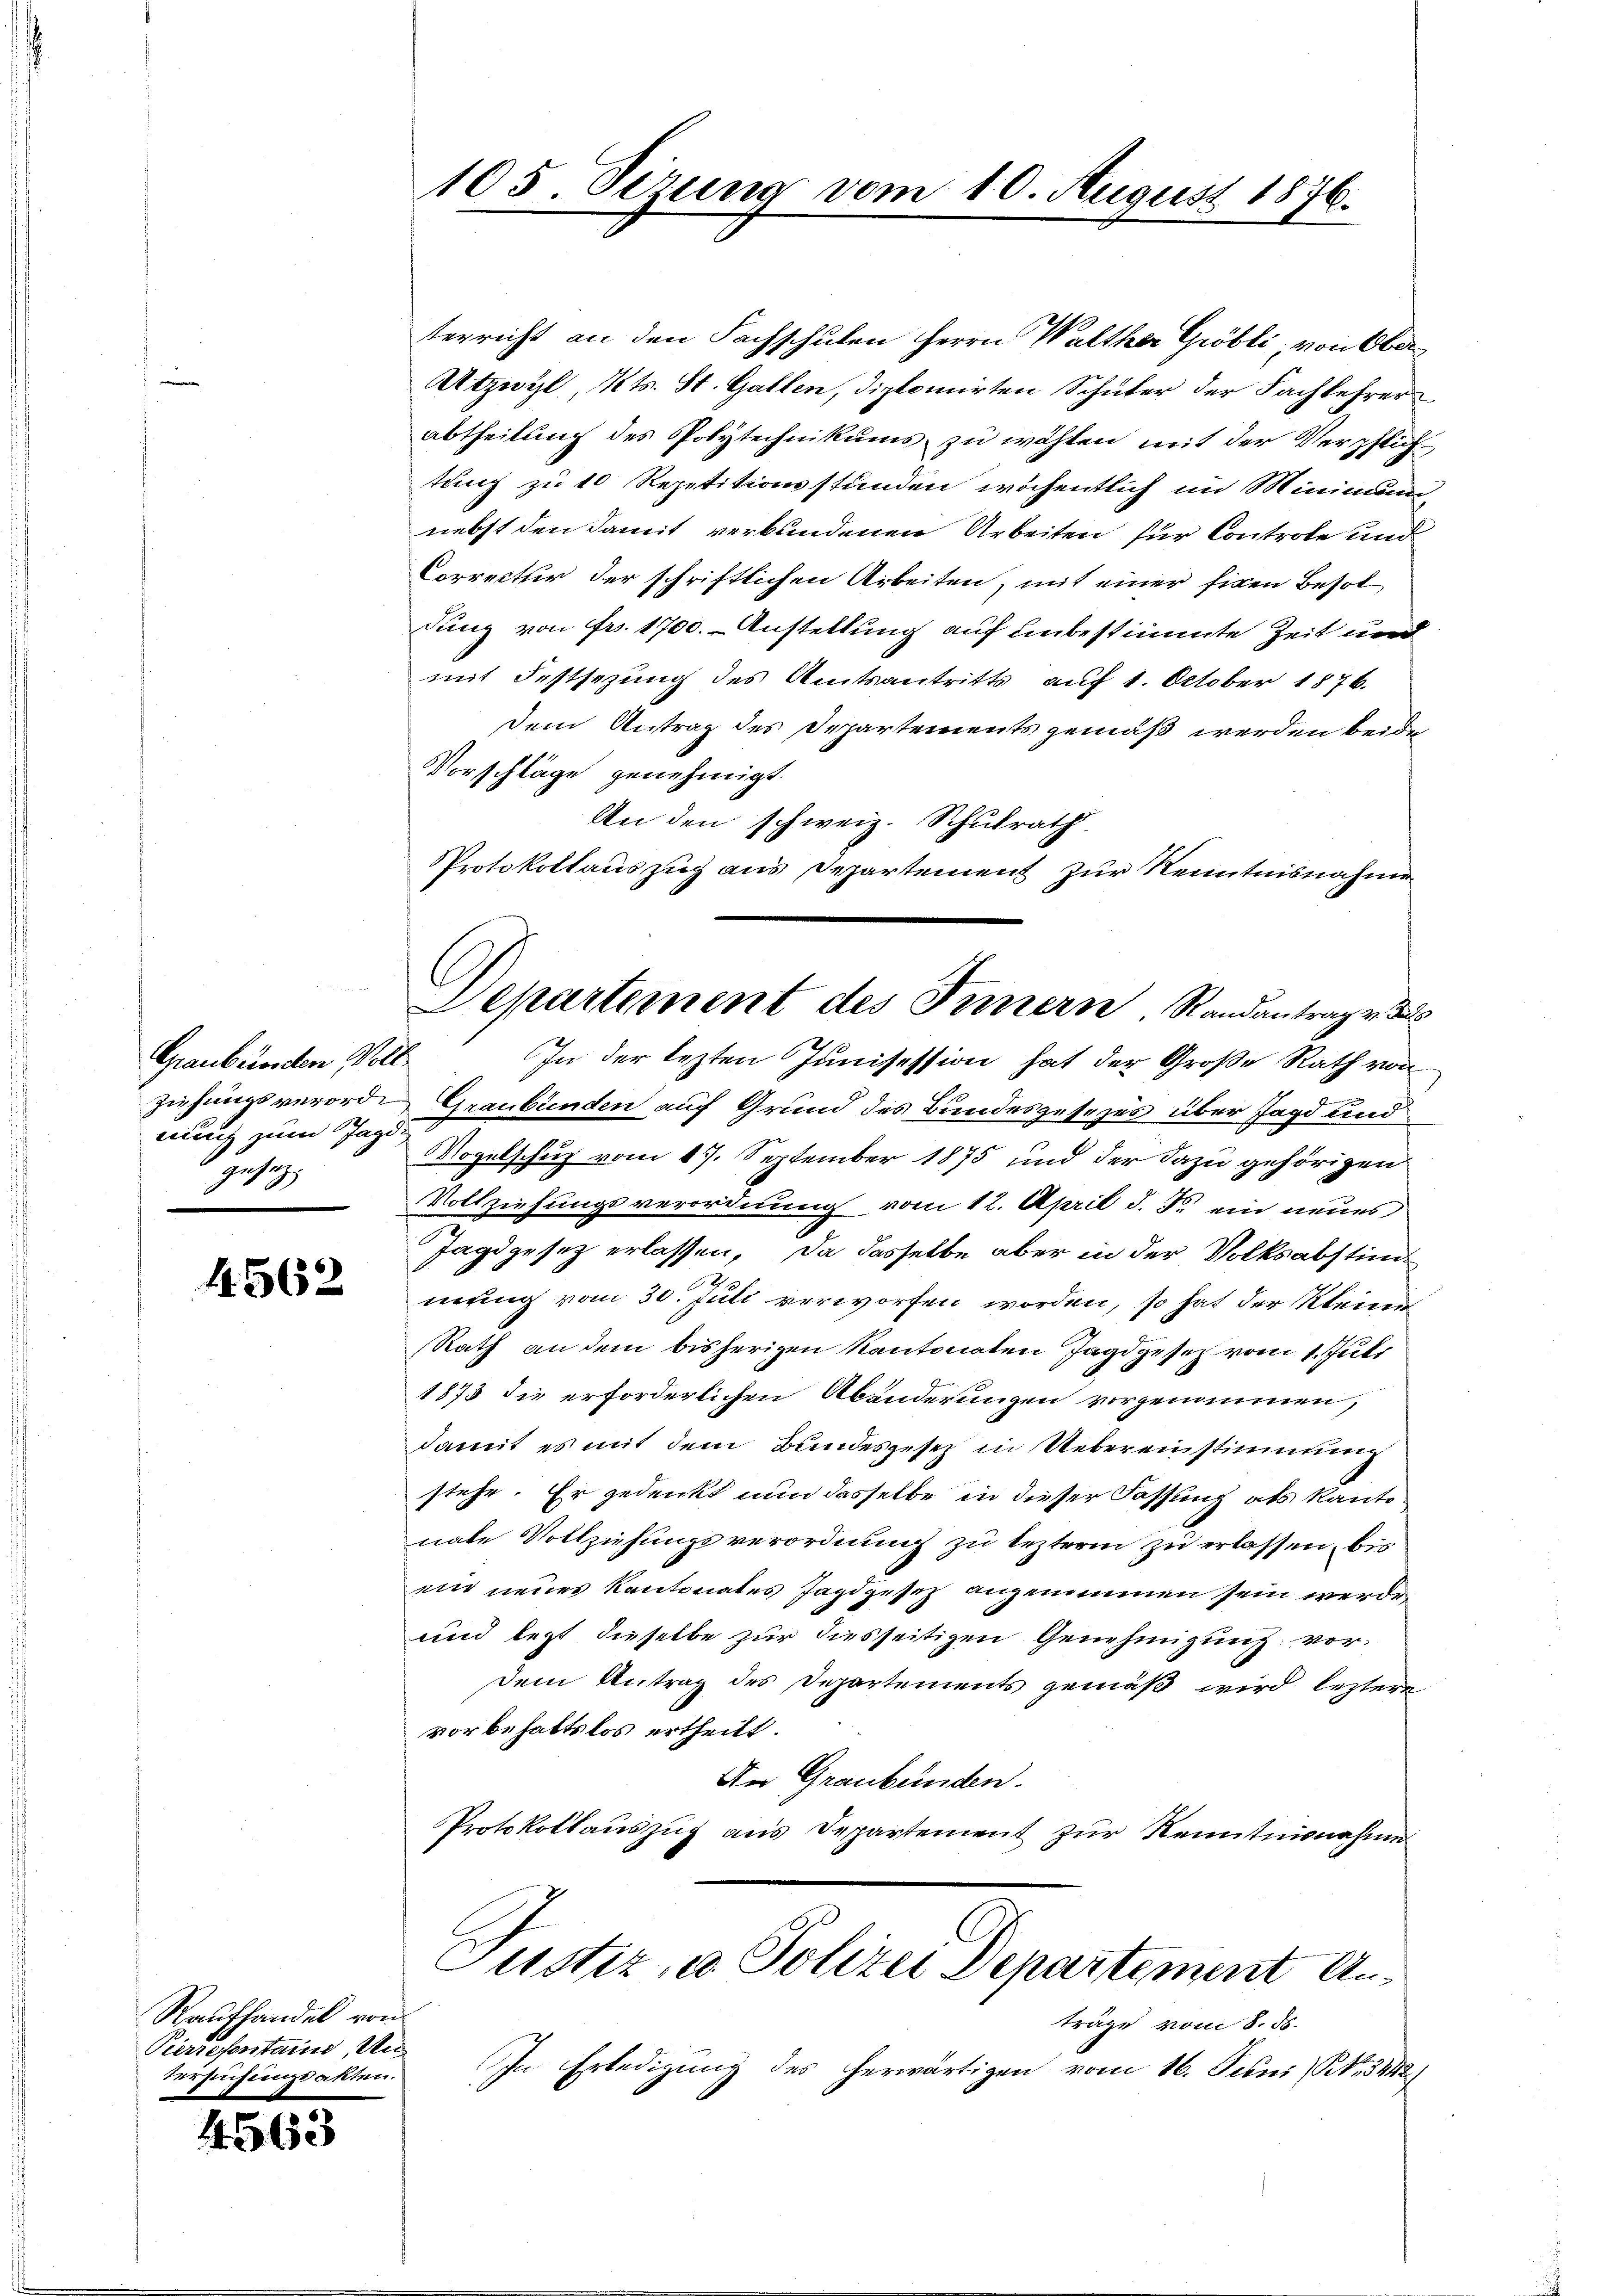
Krankunden M
nung zum Jagdi
 gesezt

4562

Raufhandel von
Pierresentaine Un
tersuchungsakten.

4563

105. Sezung vom 10. August 1876.

terricht an den Fachschulen Herrn Walther Gröbli, von Ober
Utzwyl, Kts. St. Gallen, diplomirten Schüler der Fachlehrer
abtheilung des Polytechnikums zu wohlen mit der Verpflich
tung zu 10 Repetitionsstunden wöchentlich im Minimum
nebst den damit verbundenen Arbeiten für Controle und
Correctur der schriftlichen Arbeiten, mit einer fixen Besoldung von Fr. 1700. Anstellung auf unbestimmte Zeit und
mit Festsezung des Amtsantritts auf 1. October 1876.
dem Antrag des Departements gemäß werden beide
Vorschläge genehmigt.
An den schweiz. Schulrath
PProtokollauszug aus Departement zur Kenntnisnahme
In der lezten Junisession hat der Große Rath von
ziehungsverord. Graubünden auf Grund des Bundesgesezes über Jagd und
Vogelschuß vom 17. September 1875 und der dazu gehörigen
Vollziehungsverordnung vom 12. April d. J. ein neues
Jagdgesez erlassen, da dasselbe aber in der Volksabstim¬
2
mung vom 30. Juli verworfen worden, so hat der Kleine
Rath an dem bisherigen Kantonaten Jagdgesetz vom 1. Juli
1873 die erforderlichen Abänderungen vorgenommen,
damit es mit dem Bundesgesetz in Uebereinstimmung
stehe. Er gedenkt nun dasselbe in dieser Fassung als Kantonate Vollziehungsverordnung zu lezterm zu erlassen, bis
win neues Kantonates Jagdgesetz angenommen sein werde,
und lezt dieselbe zur diesseitigen Genehmigung vordem Antrag des Departements gemäß wird leztere
vorbehaltslos ertheilt.
An Graubünden.
Protokollauszug aus Departement zur Kenntnisnahme
Justiz, u. Polizei Departement Anträge vom 8. ds.
In Erledigung des herwärtigen vom 16. Juni (N. N. 3442/

Departement des Fernern Randantragen das